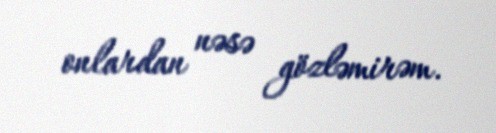
onlardan nəsə gözləmirəm.